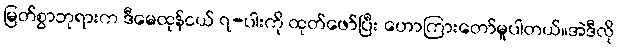
မြတ်စွာဘုရားက ဒီမေထုန်ငယ် ၇-ပါးကို ထုတ်ဖော်ပြီး ဟောကြားတော်မူပါတယ်။အဲဒီလို